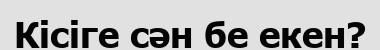
Кісіге сән бе екен?